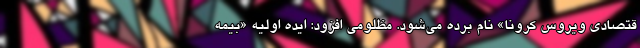
قتصادی ویروس کرونا» نام برده می‌شود. مظلومی افزود: ایده اولیه «بیمه